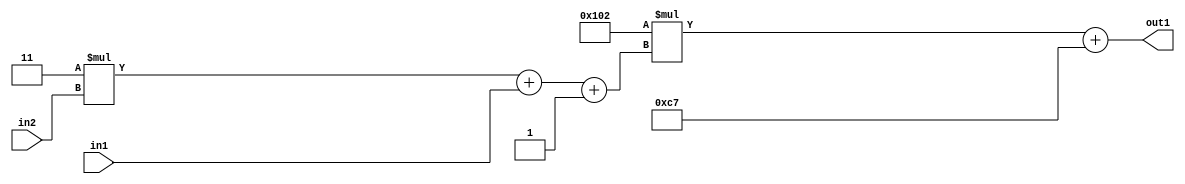
`timescale 1ps / 1ps
/*****************************************************************************
    Verilog RTL Description
    
    
    Created by: Stratus DpOpt 2019.1.01 
*******************************************************************************/

module DC_Filter_Add2i199Mul2i258Add3i1u1Mul2i3u2_1 (
	in2,
	in1,
	out1
	); /* architecture "behavioural" */ 
input [1:0] in2;
input  in1;
output [11:0] out1;
wire [11:0] asc001;
wire [3:0] asc002;

wire [3:0] asc002_tmp_0;
wire [3:0] asc002_tmp_1;
assign asc002_tmp_1 = 
	+(4'B0011 * in2);
assign asc002_tmp_0 = asc002_tmp_1
	+(in1);
assign asc002 = asc002_tmp_0
	+(4'B0001);

wire [11:0] asc001_tmp_2;
assign asc001_tmp_2 = 
	+(12'B000100000010 * asc002);
assign asc001 = asc001_tmp_2
	+(12'B000011000111);

assign out1 = asc001;
endmodule

/* CADENCE  vrTySQ0= : u9/ySgnWtBlWxVPRXgAZ4Og= ** DO NOT EDIT THIS LINE ******/